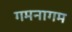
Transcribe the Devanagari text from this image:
गमनागम